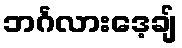
ဘင်္ဂလားဒေ့ချ်